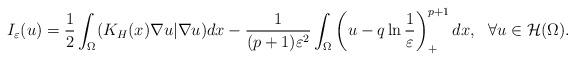
LaTeX: \begin{align*}I_{\varepsilon}(u)=\frac{1}{2}\int_{\Omega}(K_H(x)\nabla u|\nabla u)dx -\frac{1}{(p+1)\varepsilon^2}\int_{\Omega}\left(u-q\ln\frac{1}{\varepsilon}\right)^{p+1}_+dx,\ \ \forall u\in \mathcal{H}(\Omega).\end{align*}